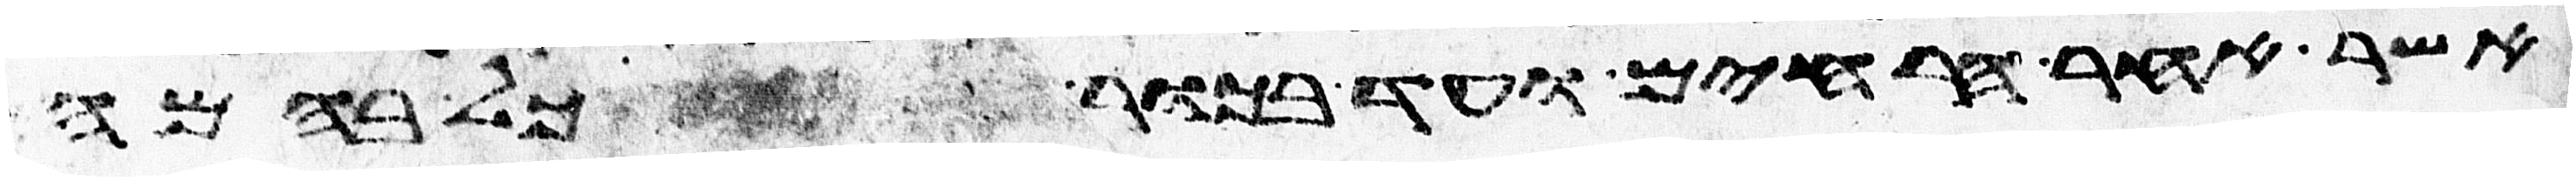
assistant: אשר אחר הרחים ועד בכור כל בהמה